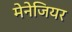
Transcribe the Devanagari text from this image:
मेनेजियर